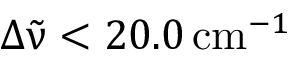
\Delta { \tilde { \upnu } } < 2 0 . 0 \, \mathrm { c m } ^ { - 1 }